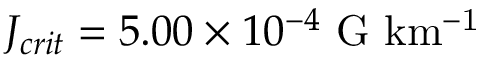
J _ { c r i t } = 5 . 0 0 \times 1 0 ^ { - 4 } \ \mathrm { G \ k m ^ { - 1 } }